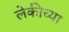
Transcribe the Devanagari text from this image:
लेकीच्या